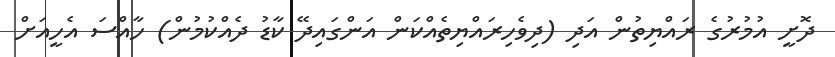
ދޮށީ އުމުރުގެ ރައްޔިތުން އަދި (ދިވެހިރައްޔިތެއްކަން އަންގައިދޭ ކާޑު ދެއްކުމުން) ހާއްސަ އެހީއަށް